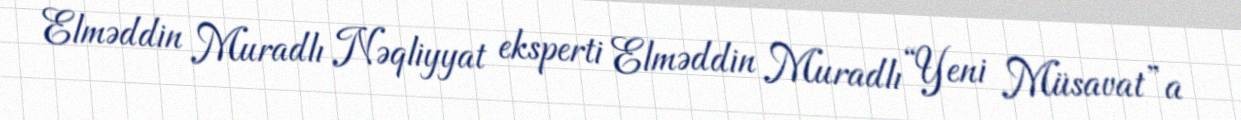
Elməddin Muradlı Nəqliyyat eksperti Elməddin Muradlı “Yeni Müsavat”a